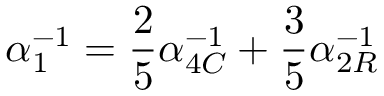
\alpha _ { 1 } ^ { - 1 } = \frac { 2 } { 5 } \alpha _ { 4 C } ^ { - 1 } + \frac { 3 } { 5 } \alpha _ { 2 R } ^ { - 1 }